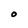
Character: 0